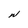
Character: W